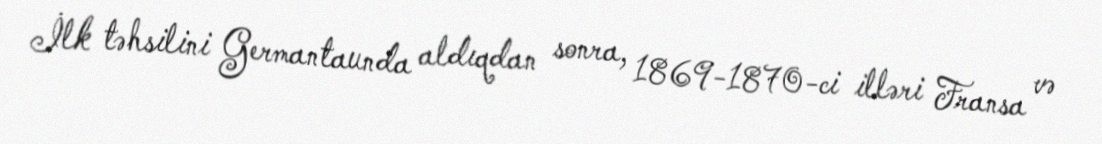
İlk təhsilini Germantaunda aldıqdan sonra, 1869-1870-ci illəri Fransa və